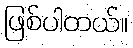
ဖြစ်ပါတယ်။